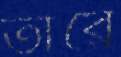
তাঁরে